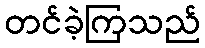
တင်ခဲ့ကြသည်